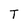
Character: T